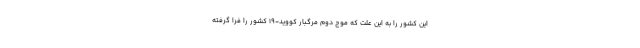
این کشور را به این علت که موج دوم مرگبار کووید-۱۹ کشور را فرا گرفته